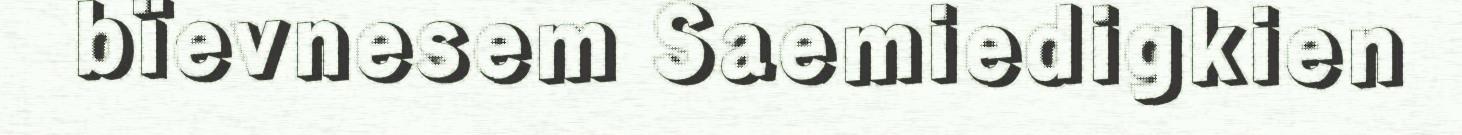
bïevnesem Saemiedigkien